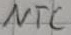
Text: NTC